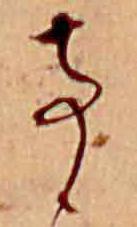
事